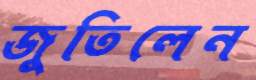
জুতিলেন